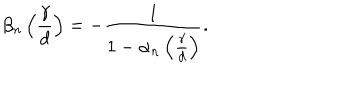
\beta _ { n } \left( \frac { \gamma } { d } \right) = - \frac { 1 } { 1 - \alpha _ { n } \left( \frac { \gamma } { d } \right) } .